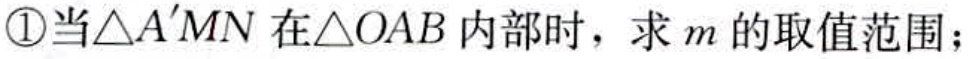
\textcircled{1}当\(\triangle A'MN\)在\(\triangle OAB\)内部时，求\(m\)的取值范围；